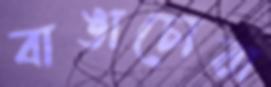
বাঙাচোরা